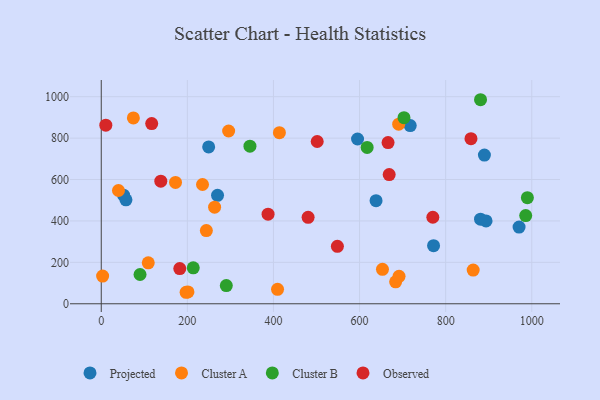
{"axis": {"x": "Price", "y": "Demand"}, "legend": ["Cluster A", "Cluster B", "Observed", "Projected"], "data": [{"x": "970.5", "y": 370.2, "type": "Projected"}, {"x": "881.0", "y": 408.5, "type": "Projected"}, {"x": "595.3", "y": 795.7, "type": "Projected"}, {"x": "771.9", "y": 280.6, "type": "Projected"}, {"x": "51.9", "y": 524.2, "type": "Projected"}, {"x": "893.8", "y": 399.9, "type": "Projected"}, {"x": "717.7", "y": 860.4, "type": "Projected"}, {"x": "249.5", "y": 757.5, "type": "Projected"}, {"x": "890.0", "y": 718.3, "type": "Projected"}, {"x": "638.3", "y": 498.1, "type": "Projected"}, {"x": "57.4", "y": 502.0, "type": "Projected"}, {"x": "270.1", "y": 523.5, "type": "Projected"}, {"x": "40.0", "y": 547.1, "type": "Cluster A"}, {"x": "295.9", "y": 834.3, "type": "Cluster A"}, {"x": "653.2", "y": 166.4, "type": "Cluster A"}, {"x": "263.3", "y": 466.3, "type": "Cluster A"}, {"x": "3.2", "y": 133.6, "type": "Cluster A"}, {"x": "109.2", "y": 197.5, "type": "Cluster A"}, {"x": "413.8", "y": 826.5, "type": "Cluster A"}, {"x": "409.5", "y": 69.9, "type": "Cluster A"}, {"x": "172.5", "y": 586.1, "type": "Cluster A"}, {"x": "74.6", "y": 897.6, "type": "Cluster A"}, {"x": "683.8", "y": 105.9, "type": "Cluster A"}, {"x": "690.9", "y": 867.2, "type": "Cluster A"}, {"x": "197.1", "y": 55.5, "type": "Cluster A"}, {"x": "691.7", "y": 132.5, "type": "Cluster A"}, {"x": "244.1", "y": 353.4, "type": "Cluster A"}, {"x": "235.2", "y": 575.9, "type": "Cluster A"}, {"x": "863.9", "y": 162.7, "type": "Cluster A"}, {"x": "201.4", "y": 57.0, "type": "Cluster A"}, {"x": "90.1", "y": 141.3, "type": "Cluster B"}, {"x": "617.6", "y": 755.1, "type": "Cluster B"}, {"x": "989.8", "y": 512.4, "type": "Cluster B"}, {"x": "213.7", "y": 173.5, "type": "Cluster B"}, {"x": "290.5", "y": 88.0, "type": "Cluster B"}, {"x": "345.4", "y": 761.3, "type": "Cluster B"}, {"x": "881.0", "y": 985.4, "type": "Cluster B"}, {"x": "985.9", "y": 426.1, "type": "Cluster B"}, {"x": "703.2", "y": 898.6, "type": "Cluster B"}, {"x": "117.2", "y": 870.1, "type": "Observed"}, {"x": "858.8", "y": 797.3, "type": "Observed"}, {"x": "10.6", "y": 862.7, "type": "Observed"}, {"x": "548.5", "y": 277.5, "type": "Observed"}, {"x": "666.2", "y": 778.7, "type": "Observed"}, {"x": "480.5", "y": 417.3, "type": "Observed"}, {"x": "387.5", "y": 432.5, "type": "Observed"}, {"x": "501.6", "y": 783.7, "type": "Observed"}, {"x": "182.4", "y": 169.8, "type": "Observed"}, {"x": "668.8", "y": 624.1, "type": "Observed"}, {"x": "138.3", "y": 592.1, "type": "Observed"}, {"x": "770.2", "y": 417.9, "type": "Observed"}]}